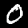
Digit: 0